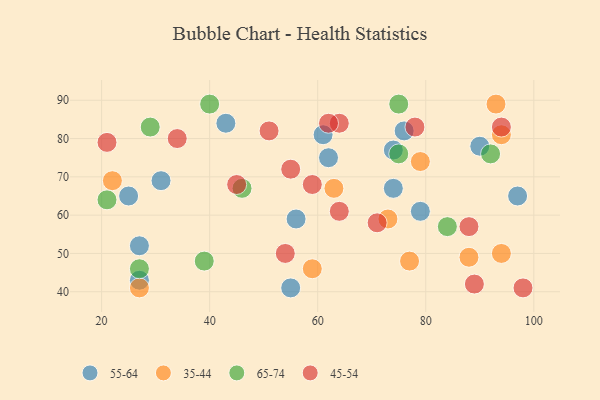
{"axis": {"x": "GDP", "y": "Life Expectancy"}, "legend": ["35-44", "45-54", "55-64", "65-74"], "data": [{"x": "62", "y": 75, "type": "55-64"}, {"x": "74", "y": 67, "type": "55-64"}, {"x": "25", "y": 65, "type": "55-64"}, {"x": "27", "y": 52, "type": "55-64"}, {"x": "31", "y": 69, "type": "55-64"}, {"x": "97", "y": 65, "type": "55-64"}, {"x": "61", "y": 81, "type": "55-64"}, {"x": "43", "y": 84, "type": "55-64"}, {"x": "56", "y": 59, "type": "55-64"}, {"x": "90", "y": 78, "type": "55-64"}, {"x": "76", "y": 82, "type": "55-64"}, {"x": "79", "y": 61, "type": "55-64"}, {"x": "74", "y": 77, "type": "55-64"}, {"x": "27", "y": 43, "type": "55-64"}, {"x": "55", "y": 41, "type": "55-64"}, {"x": "88", "y": 49, "type": "35-44"}, {"x": "77", "y": 48, "type": "35-44"}, {"x": "59", "y": 46, "type": "35-44"}, {"x": "63", "y": 67, "type": "35-44"}, {"x": "27", "y": 41, "type": "35-44"}, {"x": "22", "y": 69, "type": "35-44"}, {"x": "79", "y": 74, "type": "35-44"}, {"x": "93", "y": 89, "type": "35-44"}, {"x": "94", "y": 81, "type": "35-44"}, {"x": "94", "y": 50, "type": "35-44"}, {"x": "73", "y": 59, "type": "35-44"}, {"x": "75", "y": 89, "type": "65-74"}, {"x": "84", "y": 57, "type": "65-74"}, {"x": "75", "y": 76, "type": "65-74"}, {"x": "29", "y": 83, "type": "65-74"}, {"x": "39", "y": 48, "type": "65-74"}, {"x": "27", "y": 46, "type": "65-74"}, {"x": "40", "y": 89, "type": "65-74"}, {"x": "21", "y": 64, "type": "65-74"}, {"x": "92", "y": 76, "type": "65-74"}, {"x": "46", "y": 67, "type": "65-74"}, {"x": "71", "y": 58, "type": "45-54"}, {"x": "21", "y": 79, "type": "45-54"}, {"x": "64", "y": 84, "type": "45-54"}, {"x": "51", "y": 82, "type": "45-54"}, {"x": "94", "y": 83, "type": "45-54"}, {"x": "62", "y": 84, "type": "45-54"}, {"x": "98", "y": 41, "type": "45-54"}, {"x": "89", "y": 42, "type": "45-54"}, {"x": "55", "y": 72, "type": "45-54"}, {"x": "78", "y": 83, "type": "45-54"}, {"x": "54", "y": 50, "type": "45-54"}, {"x": "88", "y": 57, "type": "45-54"}, {"x": "64", "y": 61, "type": "45-54"}, {"x": "59", "y": 68, "type": "45-54"}, {"x": "34", "y": 80, "type": "45-54"}, {"x": "45", "y": 68, "type": "45-54"}]}